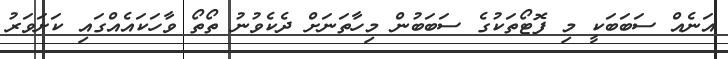
އަނެއް ސަބަބަކީ މި ފޮޓޯތަކުގެ ސަބަބުން މިހާތަނަށް ދެކެވުނު ތޯތޯ ވާހަކައެއްގައި ކަށަވަރު